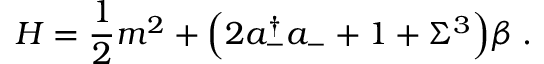
{ \cal H } = \frac 1 2 m ^ { 2 } + \Bigl ( 2 a _ { - } ^ { \dagger } a _ { - } + 1 + \Sigma ^ { 3 } \Bigr ) \beta \; .